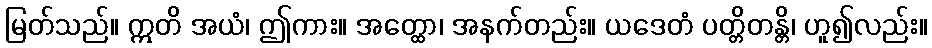
မြတ်သည်။ ဣတိ အယံ၊ ဤကား။ အတ္ထော၊ အနက်တည်း။ ယဒေတံ ပတ္တိတန္တိ၊ ဟူ၍လည်း။